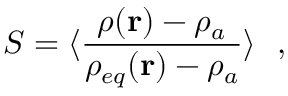
S = \langle \frac { \rho ( \mathbf { r } ) - \rho _ { a } } { \rho _ { e q } ( \mathbf { r } ) - \rho _ { a } } \rangle \ \ ,